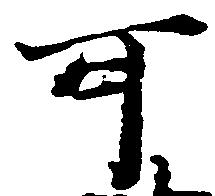
可